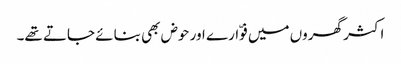
اکثر گھروں میں فوّارے اور حوض بھی بنائے جاتے تھے۔